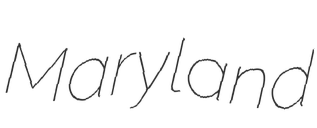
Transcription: Maryland